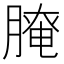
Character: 𦞴